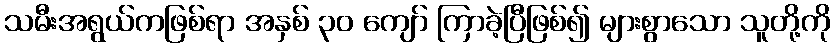
သမီးအရွယ်ကဖြစ်ရာ အနှစ် ၃၀ ကျော် ကြာခဲ့ပြီဖြစ်၍ များစွာသော သူတို့ကို